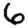
Digit: 6